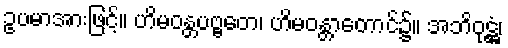
ဥပမာအားဖြင့်။ ဟိမဝန္တပဗ္ဗတေ၊ ဟိမဝန္တာတောင်၌။ အဘိဝုဋ္ဌံ၊